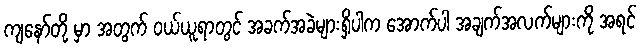
ကျနော်တို့ မှာ အတွက် ဝယ်ယူရာတွင် အခက်အခဲများရှိပါက အောက်ပါ အချက်အလက်များကို အရင်